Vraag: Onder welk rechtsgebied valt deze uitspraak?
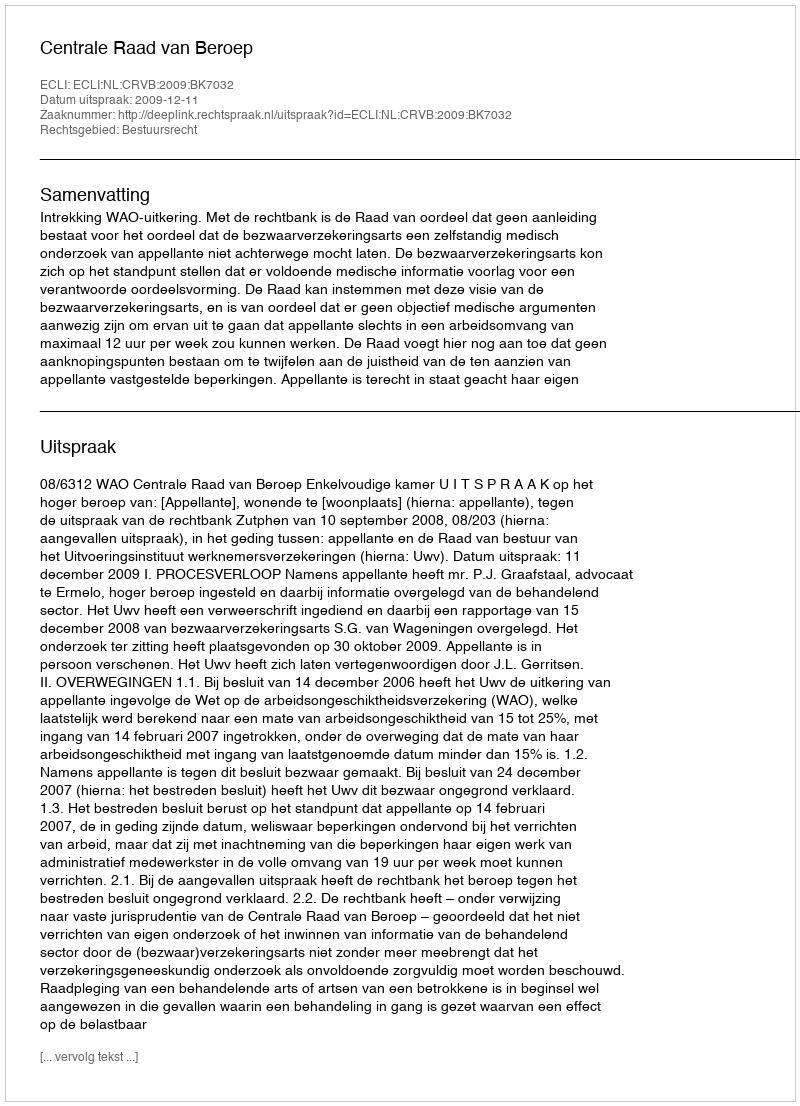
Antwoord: Bestuursrecht